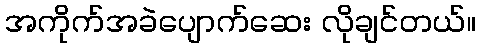
အကိုက်အခဲပျောက်ဆေး လိုချင်တယ်။